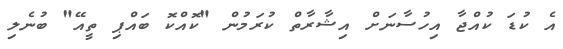
އެ ކުޑަ ކުއްޖާ އިހުސާނަށް އިޝާރާތް ކުރަމުން "ކޮއްކޮ ބައްޕި ތީއޭ" ބުނެލި